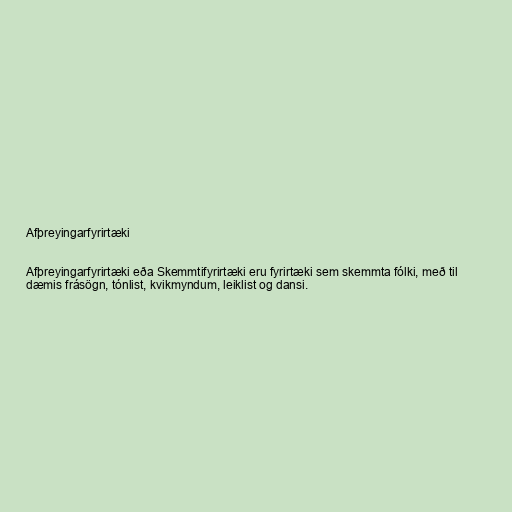
Afþreyingarfyrirtæki

Afþreyingarfyrirtæki eða Skemmtifyrirtæki eru fyrirtæki sem skemmta fólki, með til
dæmis frásögn, tónlist, kvikmyndum, leiklist og dansi.